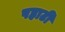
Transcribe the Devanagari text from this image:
पहाटी